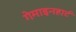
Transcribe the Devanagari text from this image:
गेमाइनहार्ट